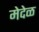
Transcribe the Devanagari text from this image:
मेदेळ